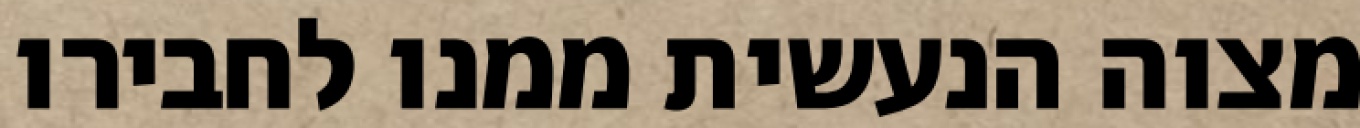
מצוה הנעשית ממנו לחבירו